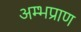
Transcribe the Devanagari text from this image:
अम्भप्राण